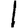
Digit: 1